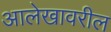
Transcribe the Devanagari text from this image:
आलेखावरील